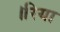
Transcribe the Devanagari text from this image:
।रिया